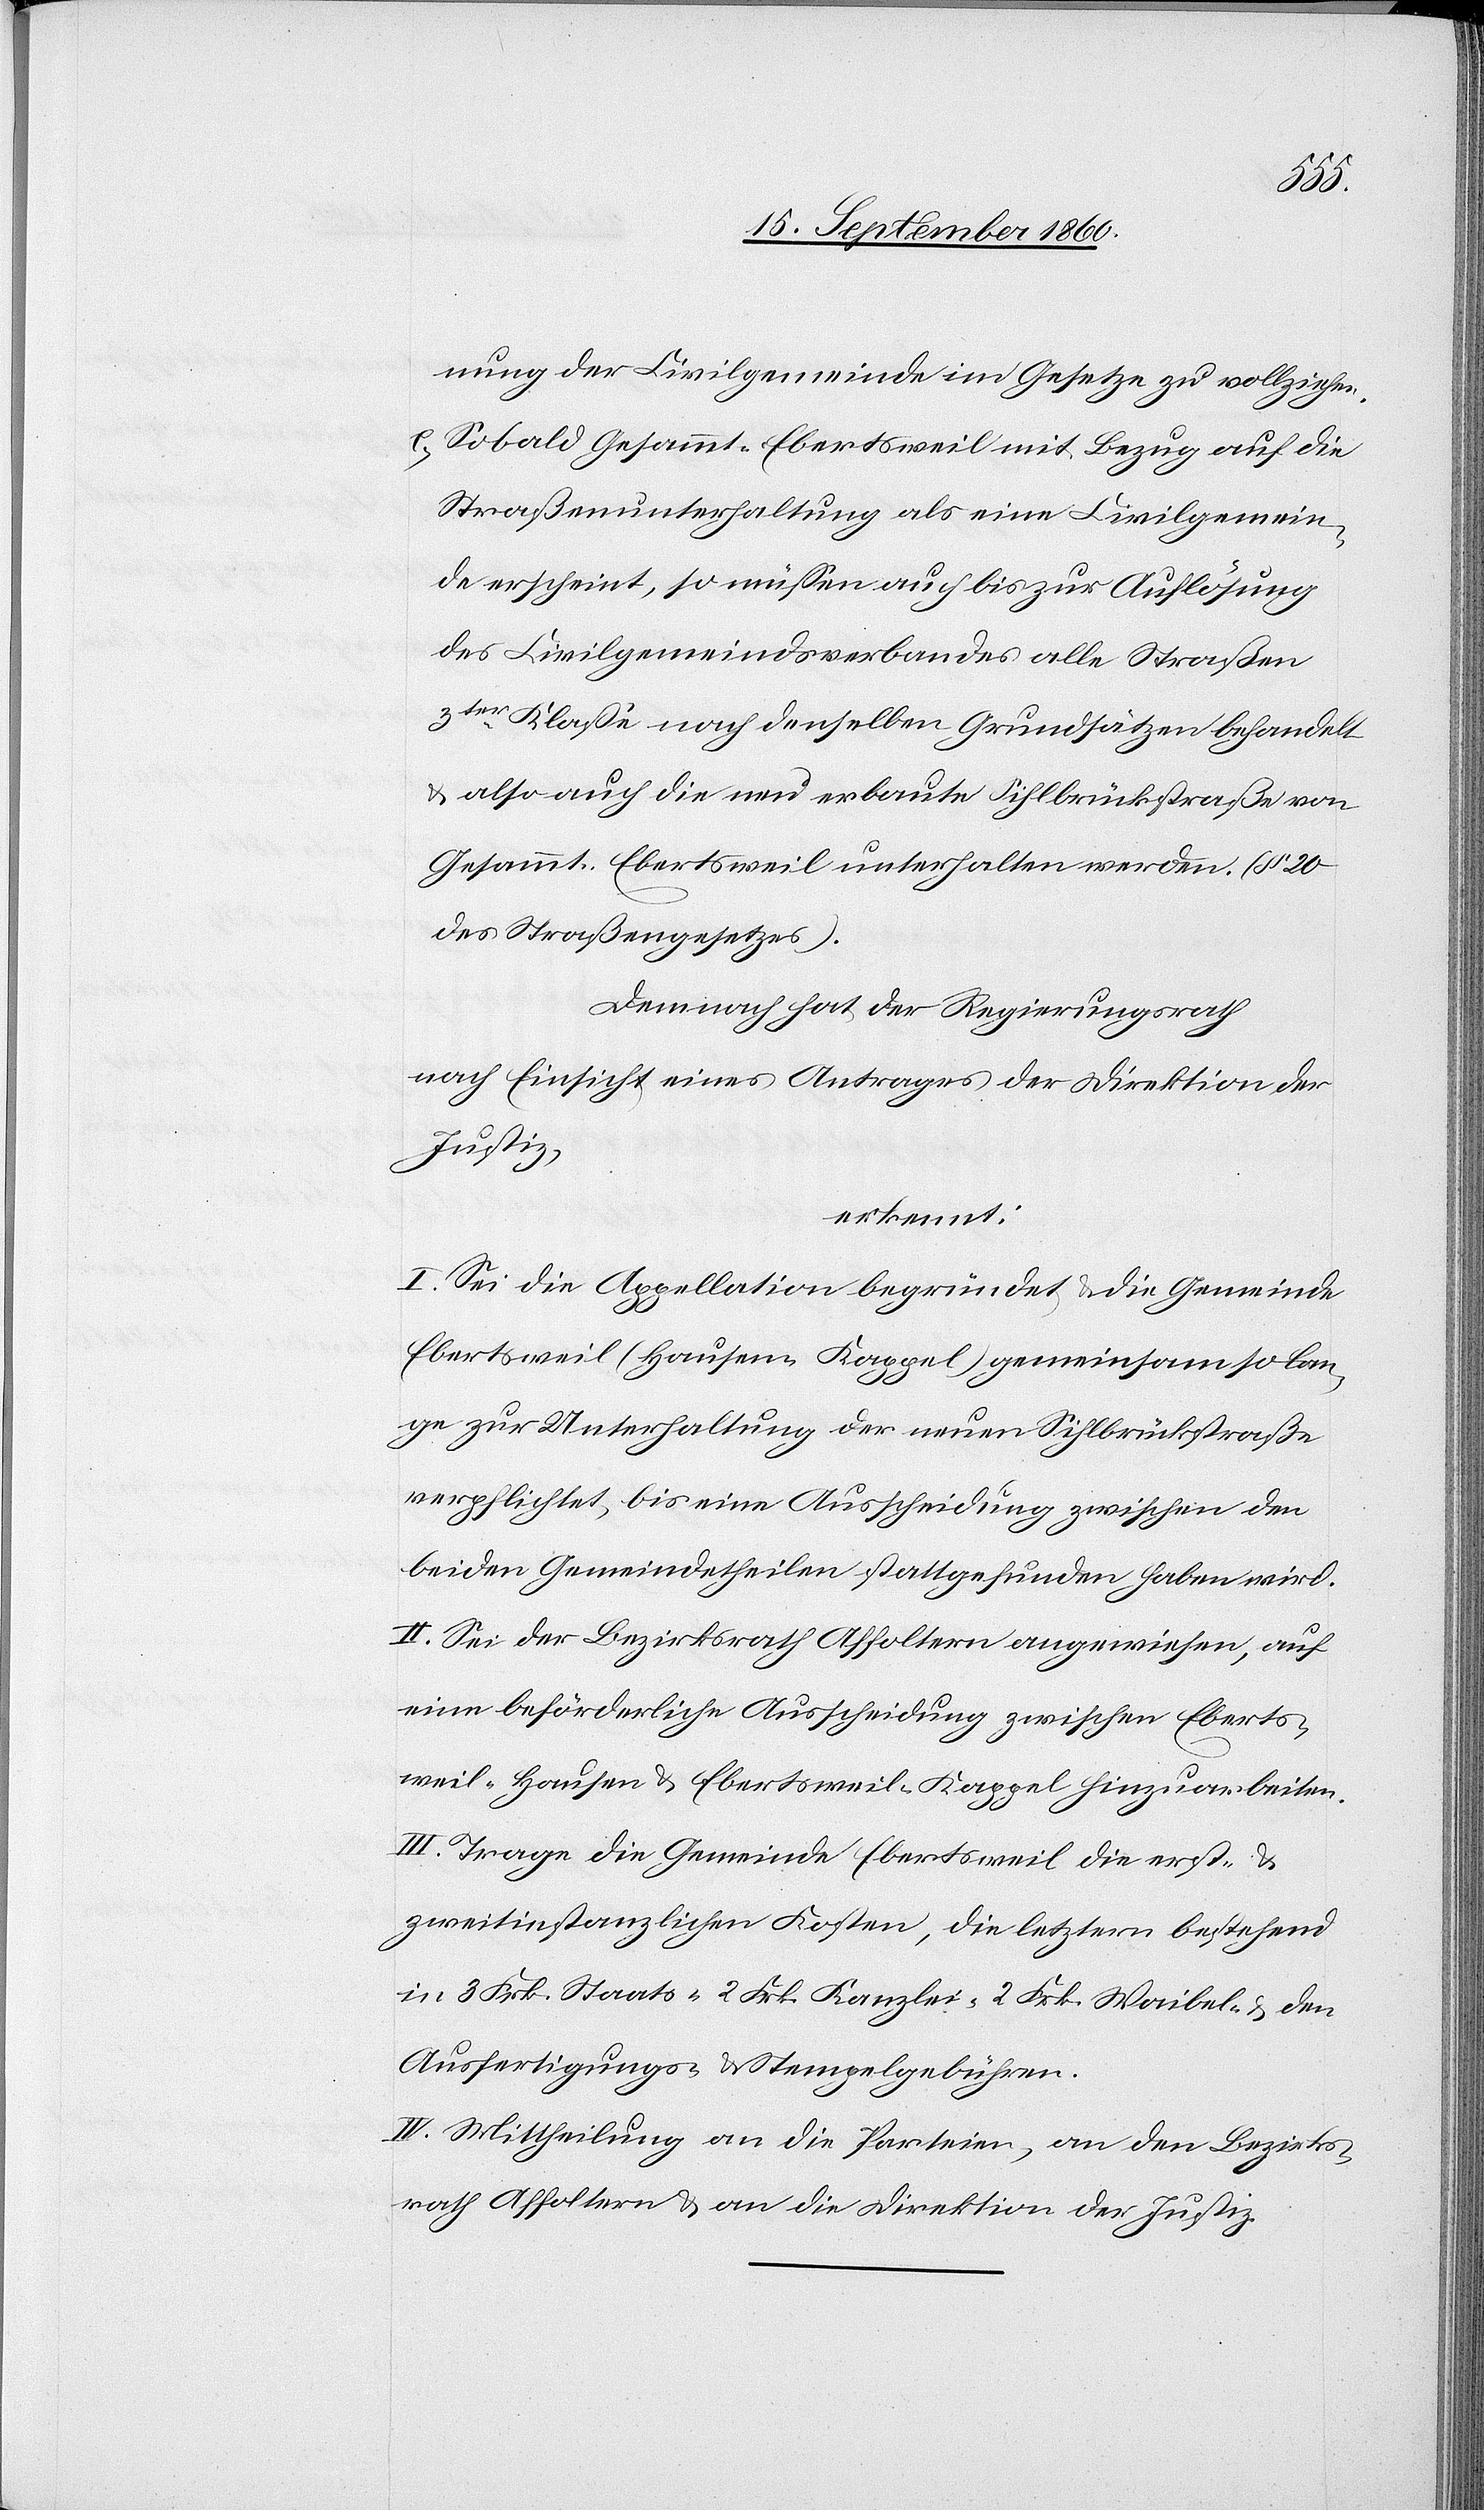
nung der Civilgemeinde im Gesetze zu vollziehen.
e) Sobald Gesammt-Ebertsweil mit Bezug auf die
Straßenunterhaltung als eine Civilgemein¬
de erscheint, so müssen auch bis zur Auflösung
des Civilgemeindsverbandes alle Straßen
3ter Klasse nach denselben Grundsätzen behandelt
u. also auch die neu erbaute Sihlbrückstraße von
Gesammt-Ebertsweil unterhalten werden. (§ 20
des Straßengesetzes).
Demnach hat der Regierungsrath
nach Einsicht eines Antrages der Direktion der
Justiz,
erkennt:
I. Sei die Appellation begründet u. die Gemeinde
Ebertsweil (Hausen, Kappel) gemeinsam so lan¬
ge zur Unterhaltung der neuen Sihlbrückstraße
verpflichtet, bis eine Ausscheidung zwischen den
beiden Gemeindetheilen stattgefunden haben wird.
II. Sei der Bezirksrath Affoltern angewiesen, auf
eine beförderliche Ausscheidung zwischen Eberts¬
weil-Hausen u. Ebertsweil-Kappel hinzuarbeiten.
III. Trage die Gemeinde Ebertsweil die erst-
zweitinstanzlichen Kosten, die letztern bestehend
in 3 Frk. Staats-[.] 2 Frk. Kanzlei-[,] 2 Frk. Waibel- u. den
Ausfertigungs- u. Stempelgebühren.
IV. Mittheilung an die Parteien, an den Bezirks¬
rath Affoltern u. an die Direktion der Justiz.